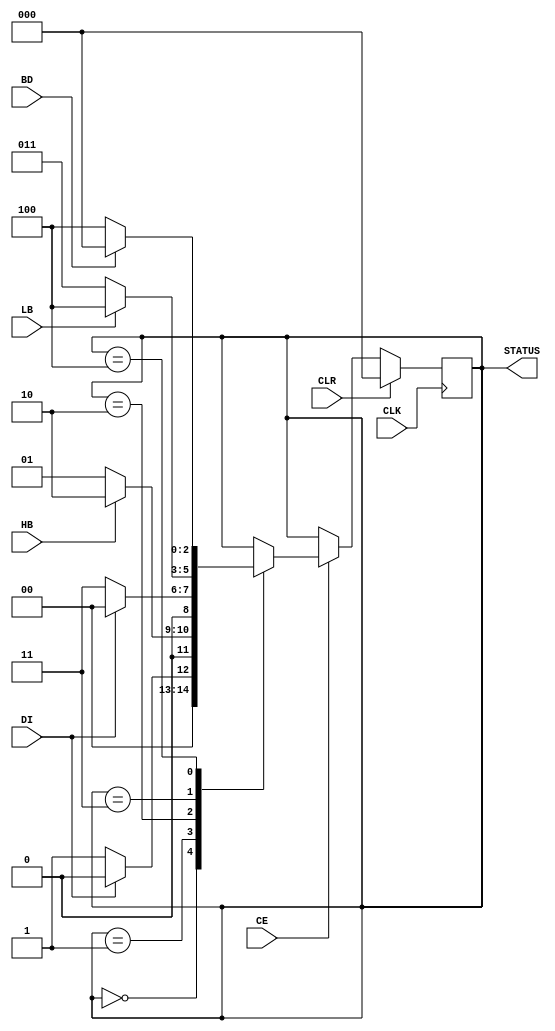

module uart_fsm(
    input 			CLK, //Clock
	input 			CLR, //Clear
	input 			CE, //Clock_enable
	input 			DI, //Data_in
	input           HB, //Half_baud
	input           BD, //Baud
	input           LB, //Last_bit
	output  [2:0]  STATUS
    );
    
    //FSM States
    parameter IDLE = 3'b000;
    parameter START = 3'b001;
    parameter START_CHECK = 3'b010;
    parameter READ = 3'b011;
    parameter STOP = 3'b100;
    
    reg [2:0] state = IDLE;
    assign STATUS = state;
    
    always@(posedge CLK)
    begin
        if(CLR)
            state <= IDLE;
        else begin
            if(CE)
            begin
                case(state)
                   IDLE:
                       if(!DI)
                            state <= START;
                       else
                            state <= IDLE;
                    
                    START:
                        if(HB)
                            state <= START_CHECK;
                        else
                            state <= START;
                   
                   START_CHECK:
                        if(DI)
                            state <= IDLE;
                        else
                            state <= READ;
                            
                   READ:
                        if(LB)
                            state <= STOP;
                        else
                            state <= READ;
                            
                   STOP:
                        if(BD)
                            state <= IDLE;
                        else
                            state <= STOP;   
                endcase
            end
        end
    end
    
endmodule